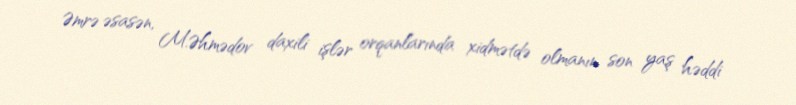
Əmrə əsasən, M.Əhmədov daxili işlər orqanlarında xidmətdə olmanın son yaş həddi